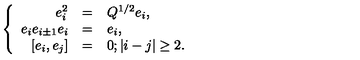
\left\{ \begin{array} { r c l } { e _ { i } ^ { 2 } } & { = } & { Q ^ { 1 / 2 } e _ { i } , } \\ { e _ { i } e _ { i \pm 1 } e _ { i } } & { = } & { e _ { i } , } \\ { [ e _ { i } , e _ { j } ] } & { = } & { 0 ; | i - j | \geq 2 . } \\ \end{array} \right.